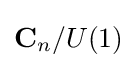
\mathbf {C} _{n}/U(1)